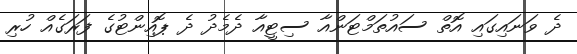
ދެ ވަނައިގައި އޮތް ސައުތަމްޓަންއާ ސިޓީއާ ދެމެދު ދެ ޕޮއިންޓުގެ ފަރަގެއް ހުރި